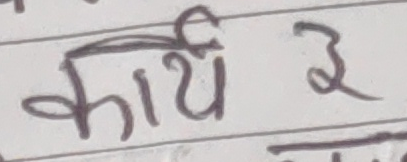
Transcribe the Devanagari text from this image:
कार्य ३